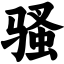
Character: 骚